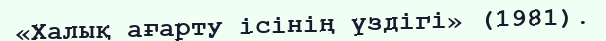
«Халық ағарту ісінің үздігі» (1981).